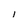
Character: I